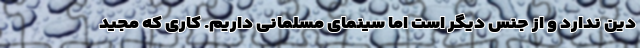
دین ندارد و از جنس دیگر است اما سینمای مسلمانی داریم. کاری که مجید